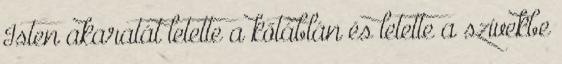
Isten akaratát letette a kőtáblán és letette a szívekbe